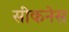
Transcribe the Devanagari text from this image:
सीकनेस